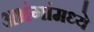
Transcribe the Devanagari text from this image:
अभंगांमध्ये